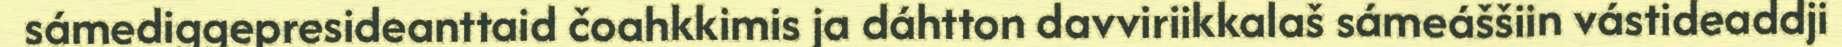
sámediggepresideanttaid čoahkkimis ja dáhtton davviriikkalaš sámeáššiin vástideaddji